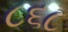
૮૬૮